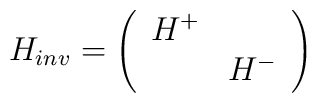
H_{inv} = \left( \begin{array}{cc} H^+ & \mbox{} \\\mbox{} & H^- \end{array} \right)